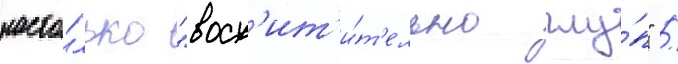
насто́лько "восх'ит'и́т'ельно глу́п" /